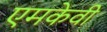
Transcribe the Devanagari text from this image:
एमकेवी